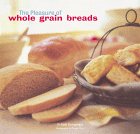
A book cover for The Pleasure of Whole Grain Breads; Beth Hensperger; Cookbooks, Food & Wine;